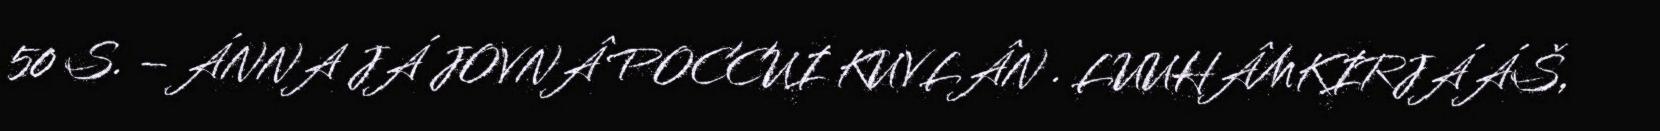
50 S. – ÁNNA JÁ JOVNÂ POCCUI KUVLÂN . LUUHÂMKIRJÁÁŠ,